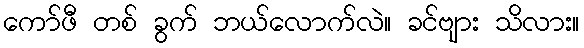
ကော်ဖီ တစ် ခွက် ဘယ်လောက်လဲ။ ခင်ဗျား သိလား။